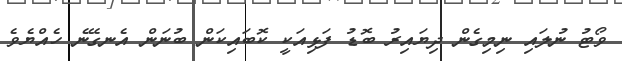
ވޯޓު ނުލައި ނިމިގެން ދިޔައިރު ބޮޑު ފަޅިއަކީ ކޮބައިކަން ބުނަން އެނގޭނެ ހެއްޔެވެ